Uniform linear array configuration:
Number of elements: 32
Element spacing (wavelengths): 1
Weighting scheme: hann
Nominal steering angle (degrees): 30
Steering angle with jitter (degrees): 28.322
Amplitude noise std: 0.05
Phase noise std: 0.05

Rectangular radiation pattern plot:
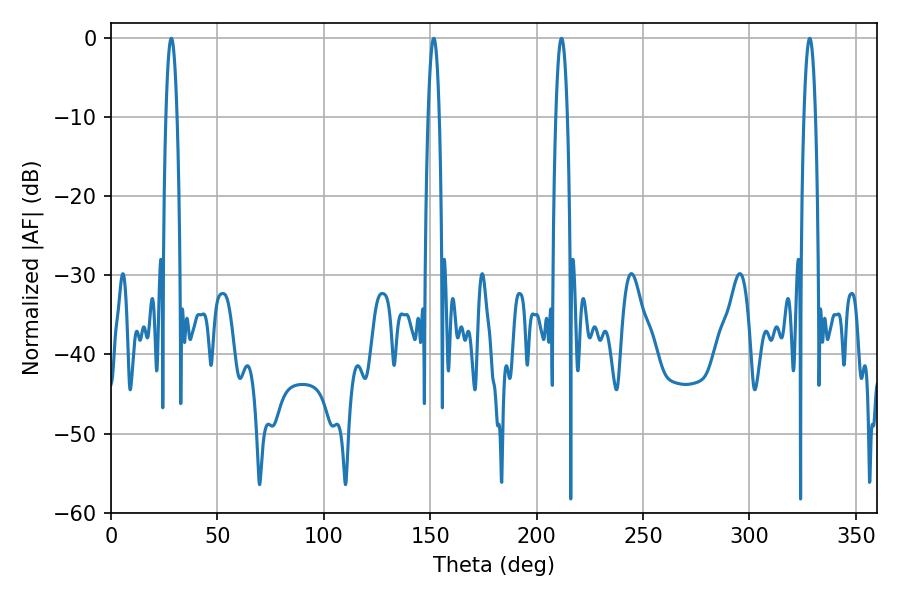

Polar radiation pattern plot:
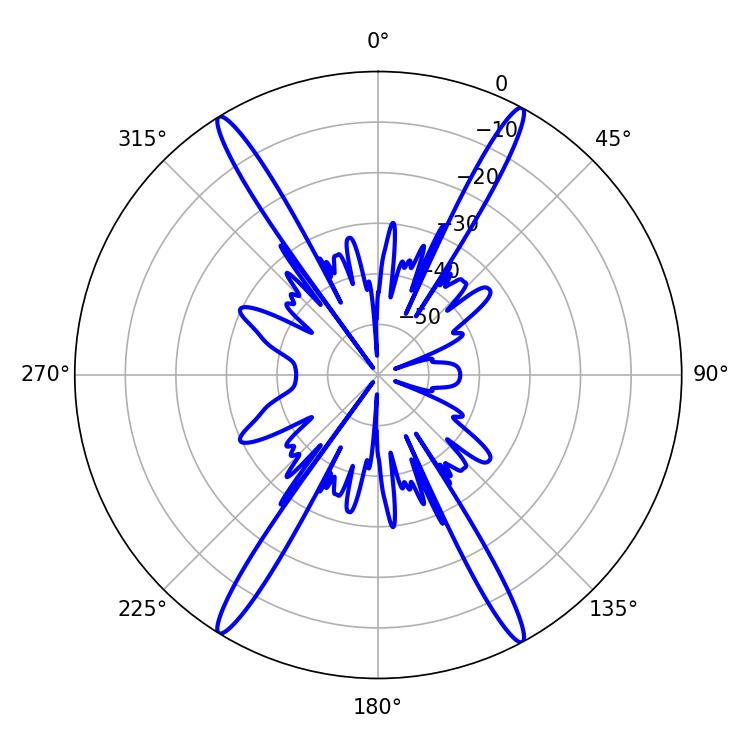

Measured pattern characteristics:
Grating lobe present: TRUE
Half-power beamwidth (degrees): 2.88
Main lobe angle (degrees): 211.68